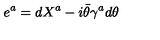
{ e ^ { a } = d X ^ { a } - i \bar { \theta } \gamma ^ { a } d \theta }